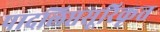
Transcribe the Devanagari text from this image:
पादलिप्तसूरिकृत